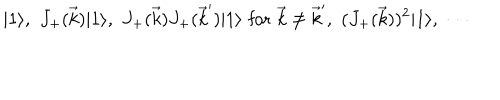
| 1 \rangle , \, \, J _ { + } ( \vec { k } ) | 1 \rangle , \, \, J _ { + } ( \vec { k } ) J _ { + } ( \vec { k } ^ { \prime } ) | 1 \rangle \, \, \mathrm { f o r } \, \, \vec { k } \not = \vec { k } ^ { \prime } , \, \, ( J _ { + } ( \vec { k } ) ) ^ { 2 } | 1 \rangle , \, \, \cdots